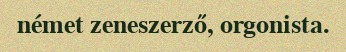
német zeneszerző, orgonista.